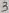
Text: 3